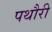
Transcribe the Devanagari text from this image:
पथौरी